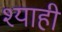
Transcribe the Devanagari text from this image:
श्याही